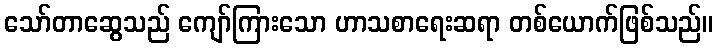
သော်တာဆွေသည် ကျော်ကြားသော ဟာသစာရေးဆရာ တစ်ယောက်ဖြစ်သည်။